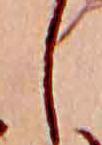
し